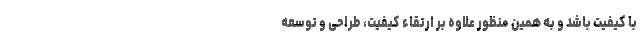
با کیفیت باشد و به همین منظور علاوه بر ارتقاء کیفیت، طراحی و توسعه